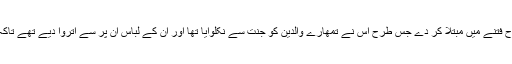
اے بنی آدمؑ، ایسا نہ ہو کہ شیطان تمھیں پھر اسی طرح فتنے میں مبتلا کر دے جس طرح اس نے تمھارے والدین کو جنت سے نکلوایا تھا اور ان کے لباس ان پر سے اتروا دیے تھے تاکہ ان کی شرمگاہیں ایک دوسرے کے سامنے کھولے۔